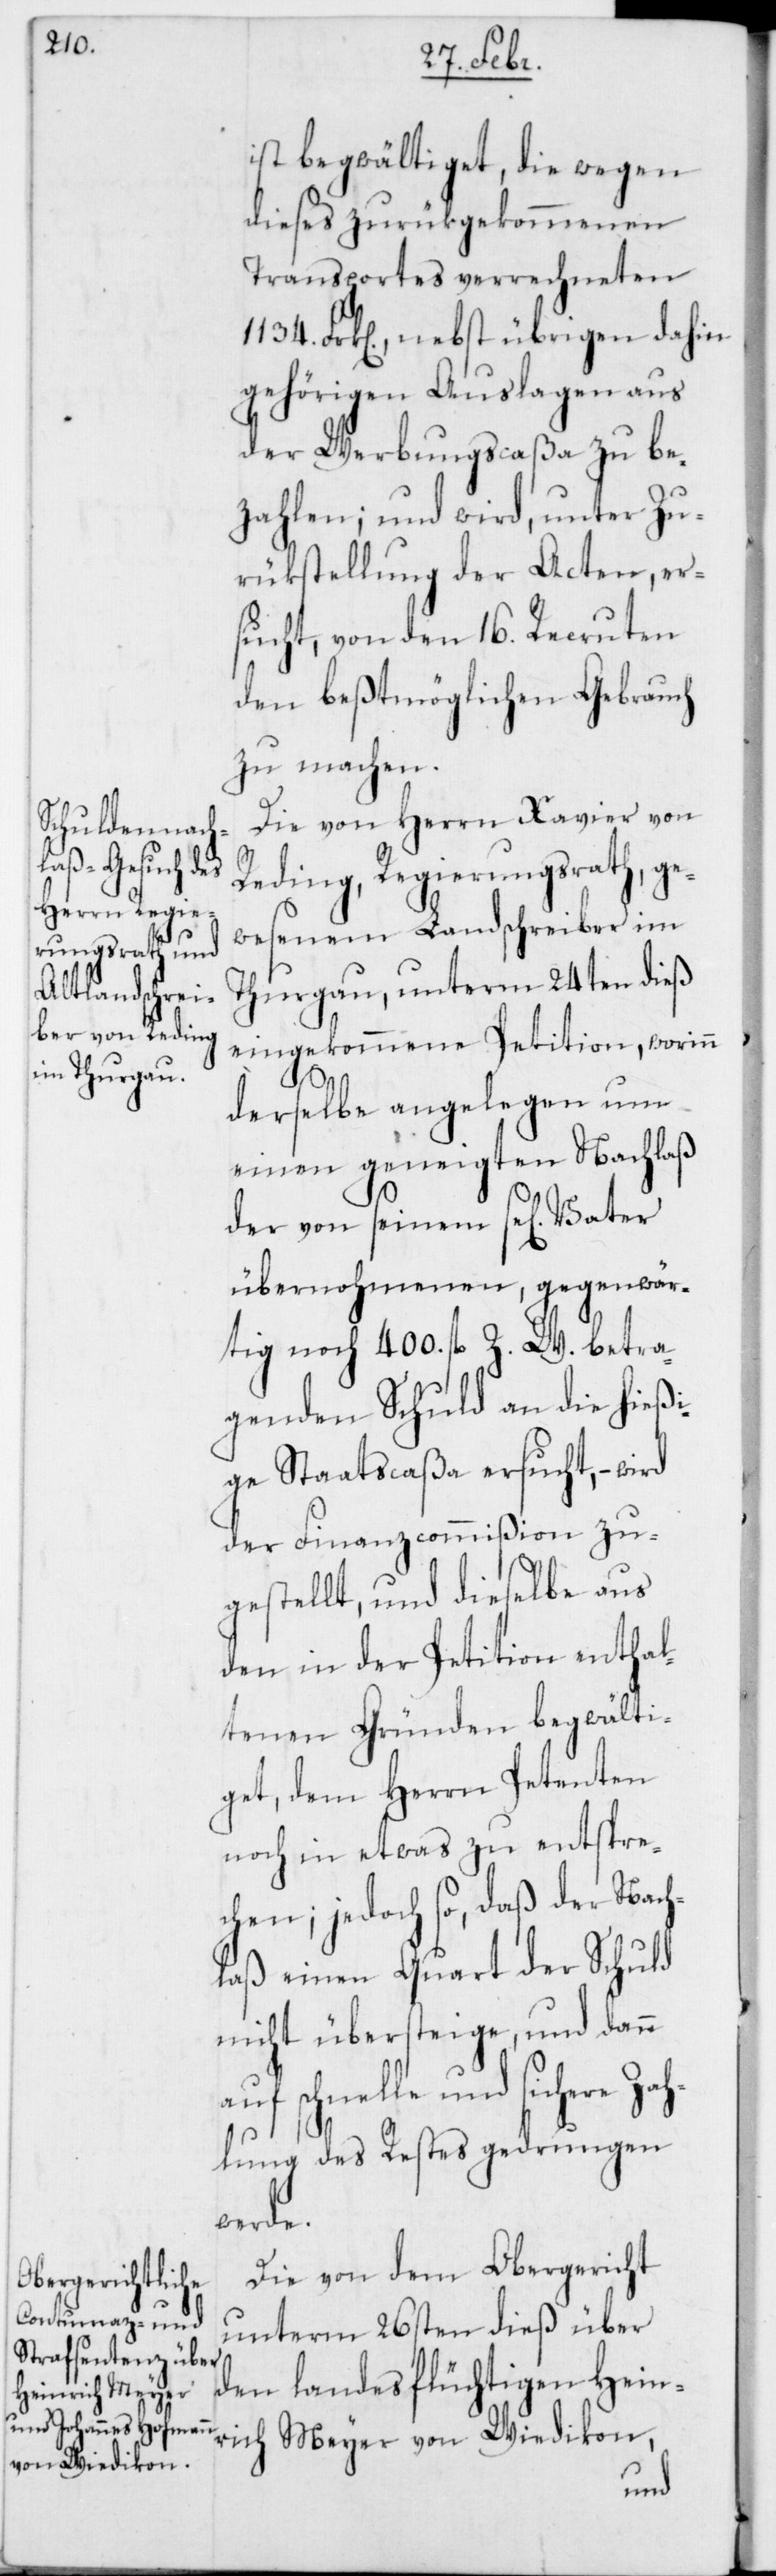
ist begwältiget, die wegen
dieses zurükgekommenen
Transportes verrechneten
Frk[en]., nebst übrigen dahin
gehörigen Auslagen aus
der Werbungscaßa zu be¬
zahlen; und wird, unter Zu¬
rükstellung der Acten, er¬
sucht, von den 16. Recruten
den beßtmöglichen Gebrauch
zu machen.
Die von Herrn Xavier von
Reding, Regierungsrath, ge¬
wesenem Landschreiber im
Thurgau, unterm 24sten dieß
eingekommene Petition, worinn
derselbe angelegen um
einen geneigten Nachlaß
der von seinem se[ligen]
übernohmenen, gegenwär¬
tig noch 400. fl. Z. W. betra¬
genden Schuld an die hießi¬
ge Staatscaßa ersucht, – wird
der Finanzcommißion zu¬
gestellt, und dieselbe aus
den in der Petition enthal¬
tenen Gründen begwälti¬
get, dem Herrn Petenten
noch in etwas zu entspre¬
chen; jedoch so, daß der Nach¬
laß einen Quart der Schuld
nicht übersteige, und dann
auf schnelle und sichere Z¬
ahlung des Restes gedrungen
werde.
Die von dem Obergericht
unterm 26sten dieß über
den landesflüchtigen Hein¬
rich Meyer von Wiedikon,